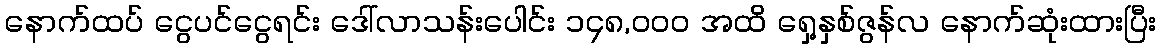
နောက်ထပ် ငွေပင်ငွေရင်း ဒေါ်လာသန်းပေါင်း ၁၄၈,၀၀၀ အထိ ရှေ့နှစ်ဇွန်လ နောက်ဆုံးထားပြီး